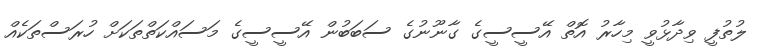
ލުތުފީ ވިދާޅުވީ މިހާރު އޮތް އޭސީސީގެ ގާނޫނުގެ ސަބަބުން އޭސީސީގެ މަސައްކަތްތަކަށް ހުރަސްތަކެއް